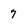
Character: 7